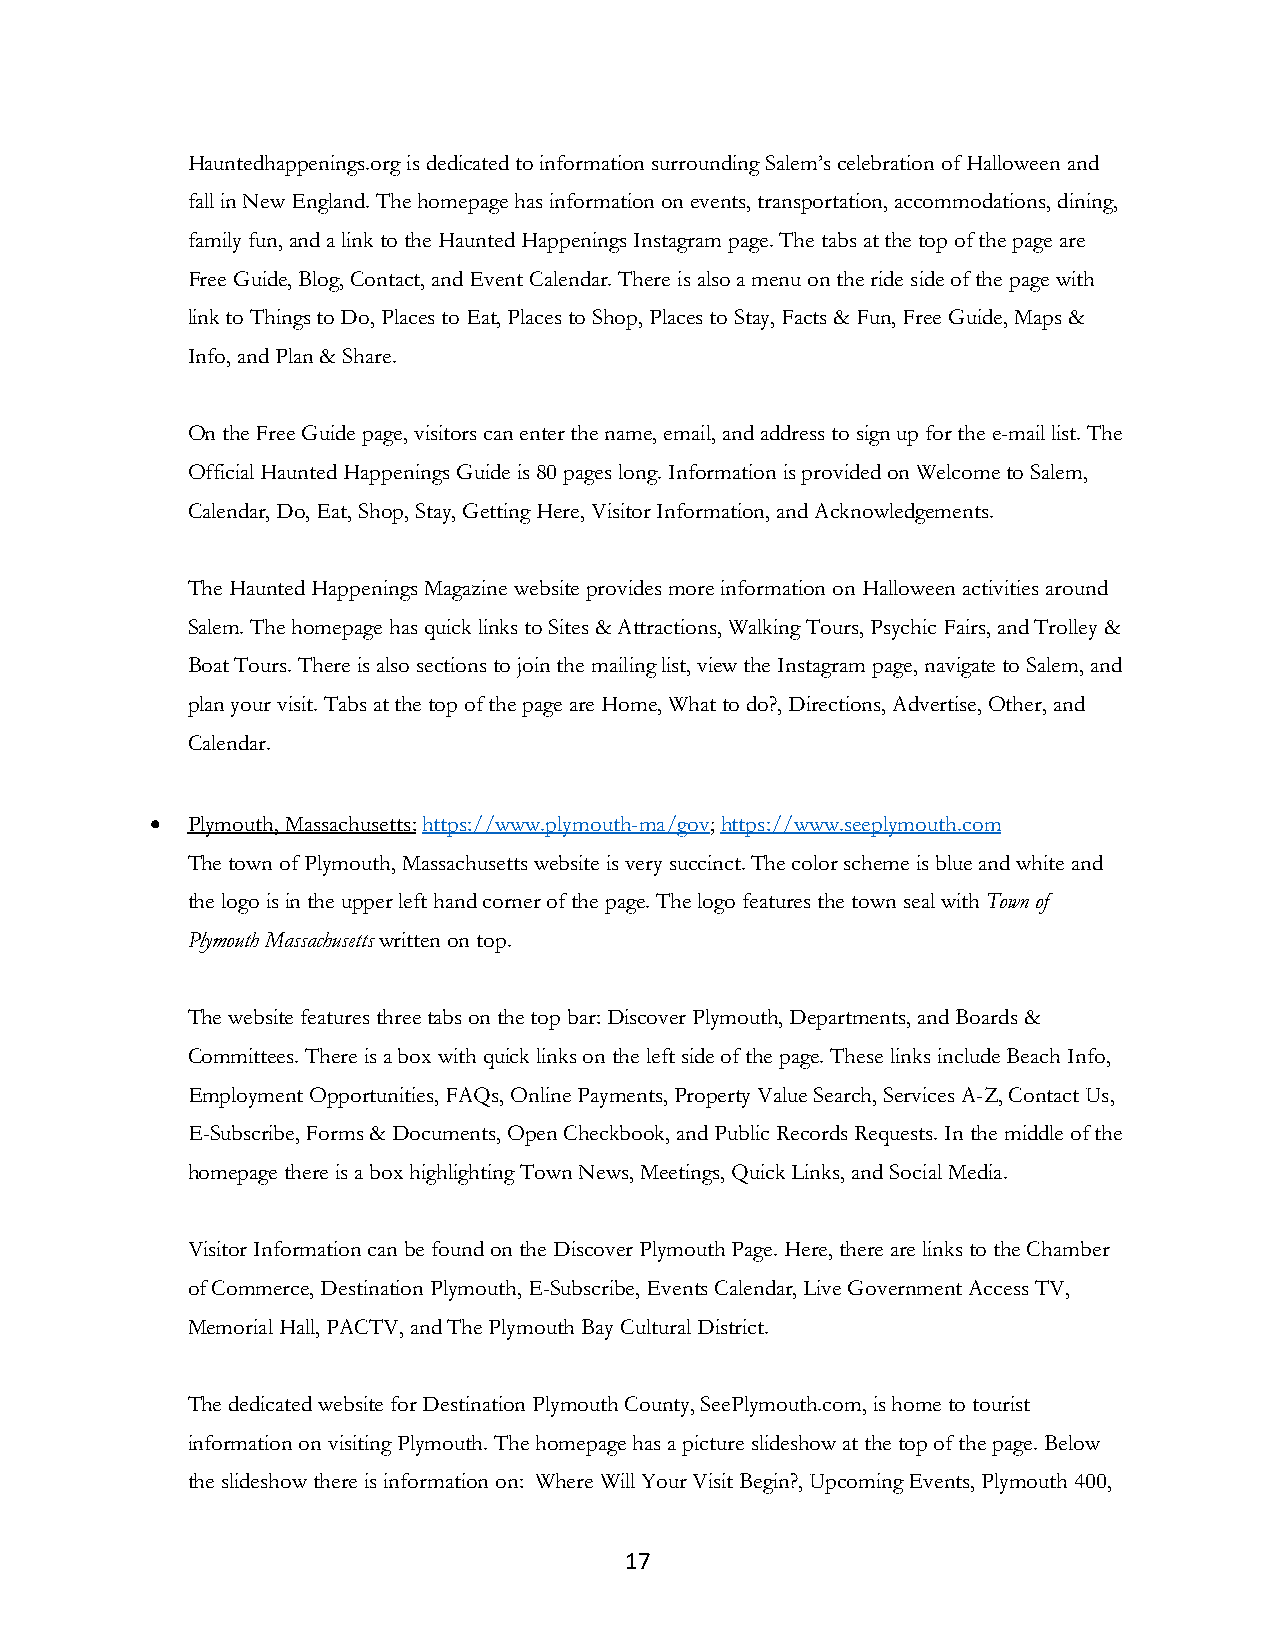
Hauntedhappenings.org is dedicated to information surrounding Salem’s celebration of Halloween and
 fall in New England. The homepage has information on events, transportation, accommodations, dining,
 family fun, and a link to the Haunted Happenings Instagram page. The tabs at the top of the page are
 Free Guide, Blog, Contact, and Event Calendar. There is also a menu on the ride side of the page with
 link to Things to Do, Places to Eat, Places to Shop, Places to Stay, Facts & Fun, Free Guide, Maps &
 Info, and Plan & Share.
 On the Free Guide page, visitors can enter the name, email, and address to sign up for the e-mail list. The
 Official Haunted Happenings Guide is 80 pages long. Information is provided on Welcome to Salem,
 Calendar, Do, Eat, Shop, Stay, Getting Here, Visitor Information, and Acknowledgements.
 The Haunted Happenings Magazine website provides more information on Halloween activities around
 Salem. The homepage has quick links to Sites & Attractions, Walking Tours, Psychic Fairs, and Trolley &
 Boat Tours. There is also sections to join the mailing list, view the Instagram page, navigate to Salem, and
 plan your visit. Tabs at the top of the page are Home, What to do?, Directions, Advertise, Other, and
 Calendar.
 • Plymouth, Massachusetts: https://www.plymouth-ma/gov; https://www.seeplymouth.com
 The town of Plymouth, Massachusetts website is very succinct. The color scheme is blue and white and
 the logo is in the upper left hand corner of the page. The logo features the town seal with Town of
 Plymouth Massachusetts written on top.
 The website features three tabs on the top bar: Discover Plymouth, Departments, and Boards &
 Committees. There is a box with quick links on the left side of the page. These links include Beach Info,
 Employment Opportunities, FAQs, Online Payments, Property Value Search, Services A-Z, Contact Us,
 E-Subscribe, Forms & Documents, Open Checkbook, and Public Records Requests. In the middle of the
 homepage there is a box highlighting Town News, Meetings, Quick Links, and Social Media.
 Visitor Information can be found on the Discover Plymouth Page. Here, there are links to the Chamber
 of Commerce, Destination Plymouth, E-Subscribe, Events Calendar, Live Government Access TV,
 Memorial Hall, PACTV, and The Plymouth Bay Cultural District.
 The dedicated website for Destination Plymouth County, SeePlymouth.com, is home to tourist
 information on visiting Plymouth. The homepage has a picture slideshow at the top of the page. Below
 the slideshow there is information on: Where Will Your Visit Begin?, Upcoming Events, Plymouth 400,
 17